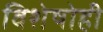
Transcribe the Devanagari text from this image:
विशेषोही